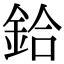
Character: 鉿